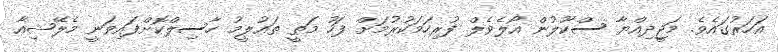
އަހަރުގައެވެ. މަޖީދިއްޔާ ސްކޫލުން އޯލެވެލް ފުރިހަމަކުރުމަށް ފަހު މަތީ ތައުލީމު ހާސިލްކޮށްފައިވަނީ މެލޭޝިއާ